画像に写った文字を読んでください
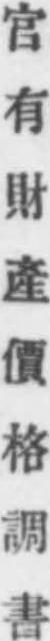
「官有財產價格調書」と書いてあります